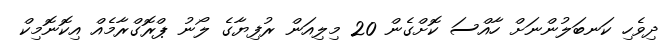
ދިވެހި ކަނބަލުންނަށް ހާއްސަ ކޮށްގެން 20 މިލިއަން ރުފިޔާގެ ލޯނު ޕްރޮގްރާމެއް އިކޮނޮމިކް